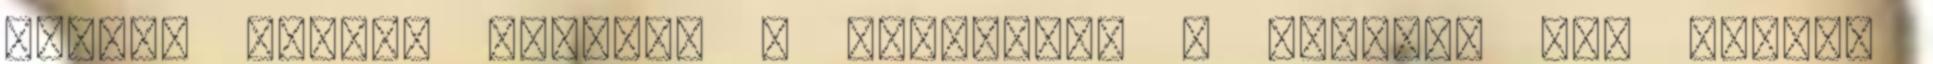
hiszen elírás történt a dátumnál, a felelős Dr. Tuboly